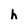
Character: h